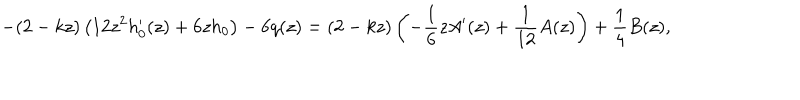
- ( 2 - k z ) \left( 1 2 z ^ { 2 } h _ { 0 } ^ { \prime } ( z ) + 6 z h _ { 0 } \right) - 6 q ( z ) = ( 2 - k z ) \left( - \frac { 1 } { 6 } z A ^ { \prime } ( z ) + \frac { 1 } { 1 2 } A ( z ) \right) + \frac { 1 } { 4 } B ( z ) ,